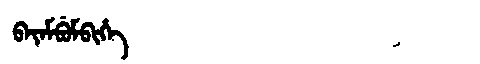
Manchu: ᠪᠠᠶᠠᠮᠪᡠᠮᠪᡳᡥᡝ
Romanization: BAYAMBUMBIHE